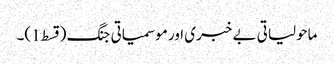
ماحولیاتی بے خبری اور موسمیاتی جنگ (قسط1)۔